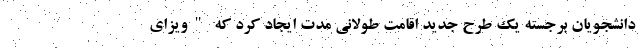
دانشجویان برجسته یک طرح جدید اقامت طولانی مدت ایجاد کرد که "ویزای